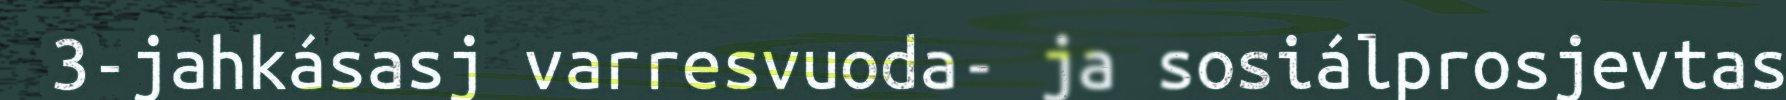
3-jahkásasj varresvuoda- ja sosiálprosjevtas